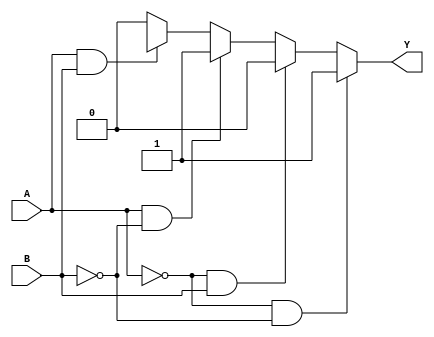
module dont_care_example (
    input wire A,       // Input A
    input wire B,       // Input B
    output wire Y       // Output Y
);

// Define the logic function using a case statement to handle Don't Care conditions
assign Y = (A == 1'b0 && B == 1'b0) ? 1'b1 : // Case 00 -> Y = 1
           (A == 1'b0 && B == 1'b1) ? 1'b0 : // Case 01 -> Y = 0
           (A == 1'b1 && B == 1'b0) ? 1'b1 : // Case 10 -> Y = 1
           (A == 1'b1 && B == 1'b1) ? 1'bx : // Case 11 (Don't Care) -> Y = X
           1'b0; // Default case

endmodule